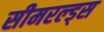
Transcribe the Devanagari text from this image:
सीमरल्ड्स